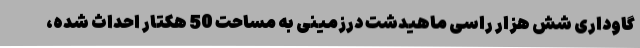
گاوداری شش هزار راسی ماهیدشت درزمینی به مساحت 50 هکتار احداث شده،